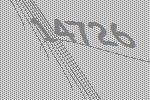
14726